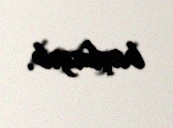
başlayıb.